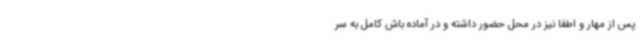
پس از مهار و اطفا نیز در محل حضور داشته و در آماده باش کامل به سر